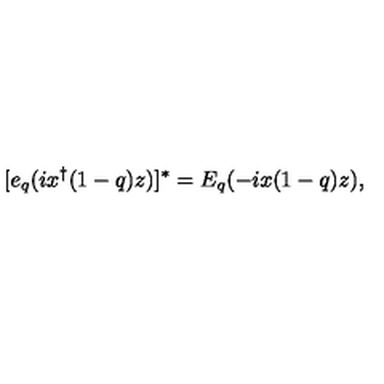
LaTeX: [ e _ { q } ( i x ^ { \dagger } ( 1 - q ) z ) ] ^ { * } = E _ { q } ( - i x ( 1 - q ) z ) ,